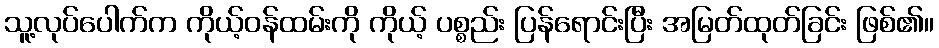
သူ့လုပ်ပေါက်က ကိုယ့်ဝန်ထမ်းကို ကိုယ့် ပစ္စည်း ပြန်ရောင်းပြီး အမြတ်ထုတ်ခြင်း ဖြစ်၏။